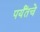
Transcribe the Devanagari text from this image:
पर्यँतचे